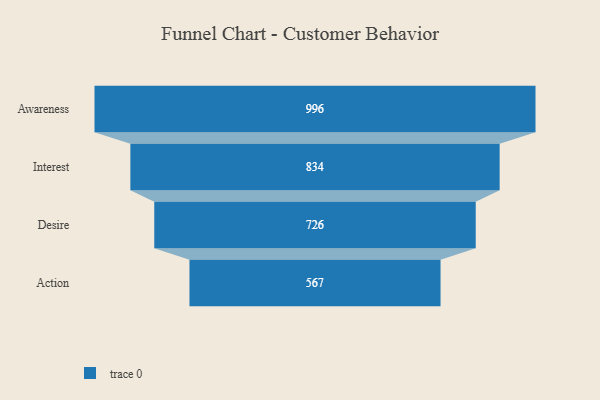
{"axis": {"x": "Stage", "y": "Value"}, "legend": [""], "data": [{"x": "Awareness", "y": 996.0, "type": ""}, {"x": "Interest", "y": 834.0, "type": ""}, {"x": "Desire", "y": 726.0, "type": ""}, {"x": "Action", "y": 567.0, "type": ""}]}